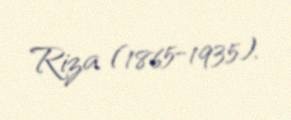
Riza (1865-1935).